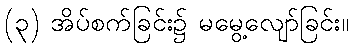
(၃) အိပ်စက်ခြင်း၌ မမွေ့လျော်ခြင်း။